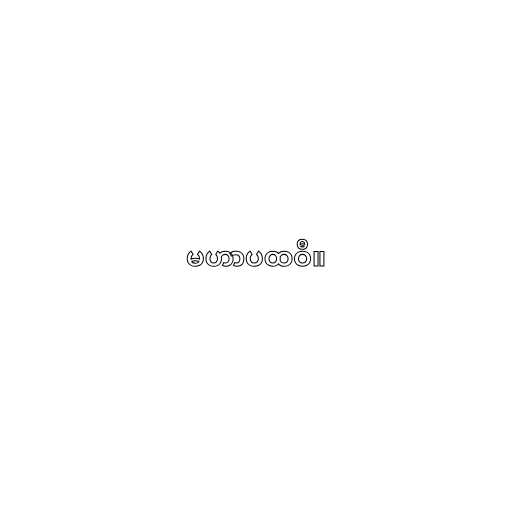
မဟာပထဝီ။